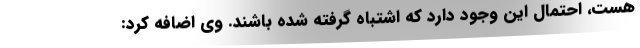
هست، احتمال این وجود دارد که اشتباه گرفته شده باشند. وی اضافه کرد: